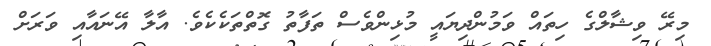
މިރޭ ވިޝާލްގެ ހިތައް ވަމުންދިޔައީ މުޅިންވެސް ތަފާތު ގޮތްތަކެކެެވެ. އާލާ އޭނައާއި ވަރަށް